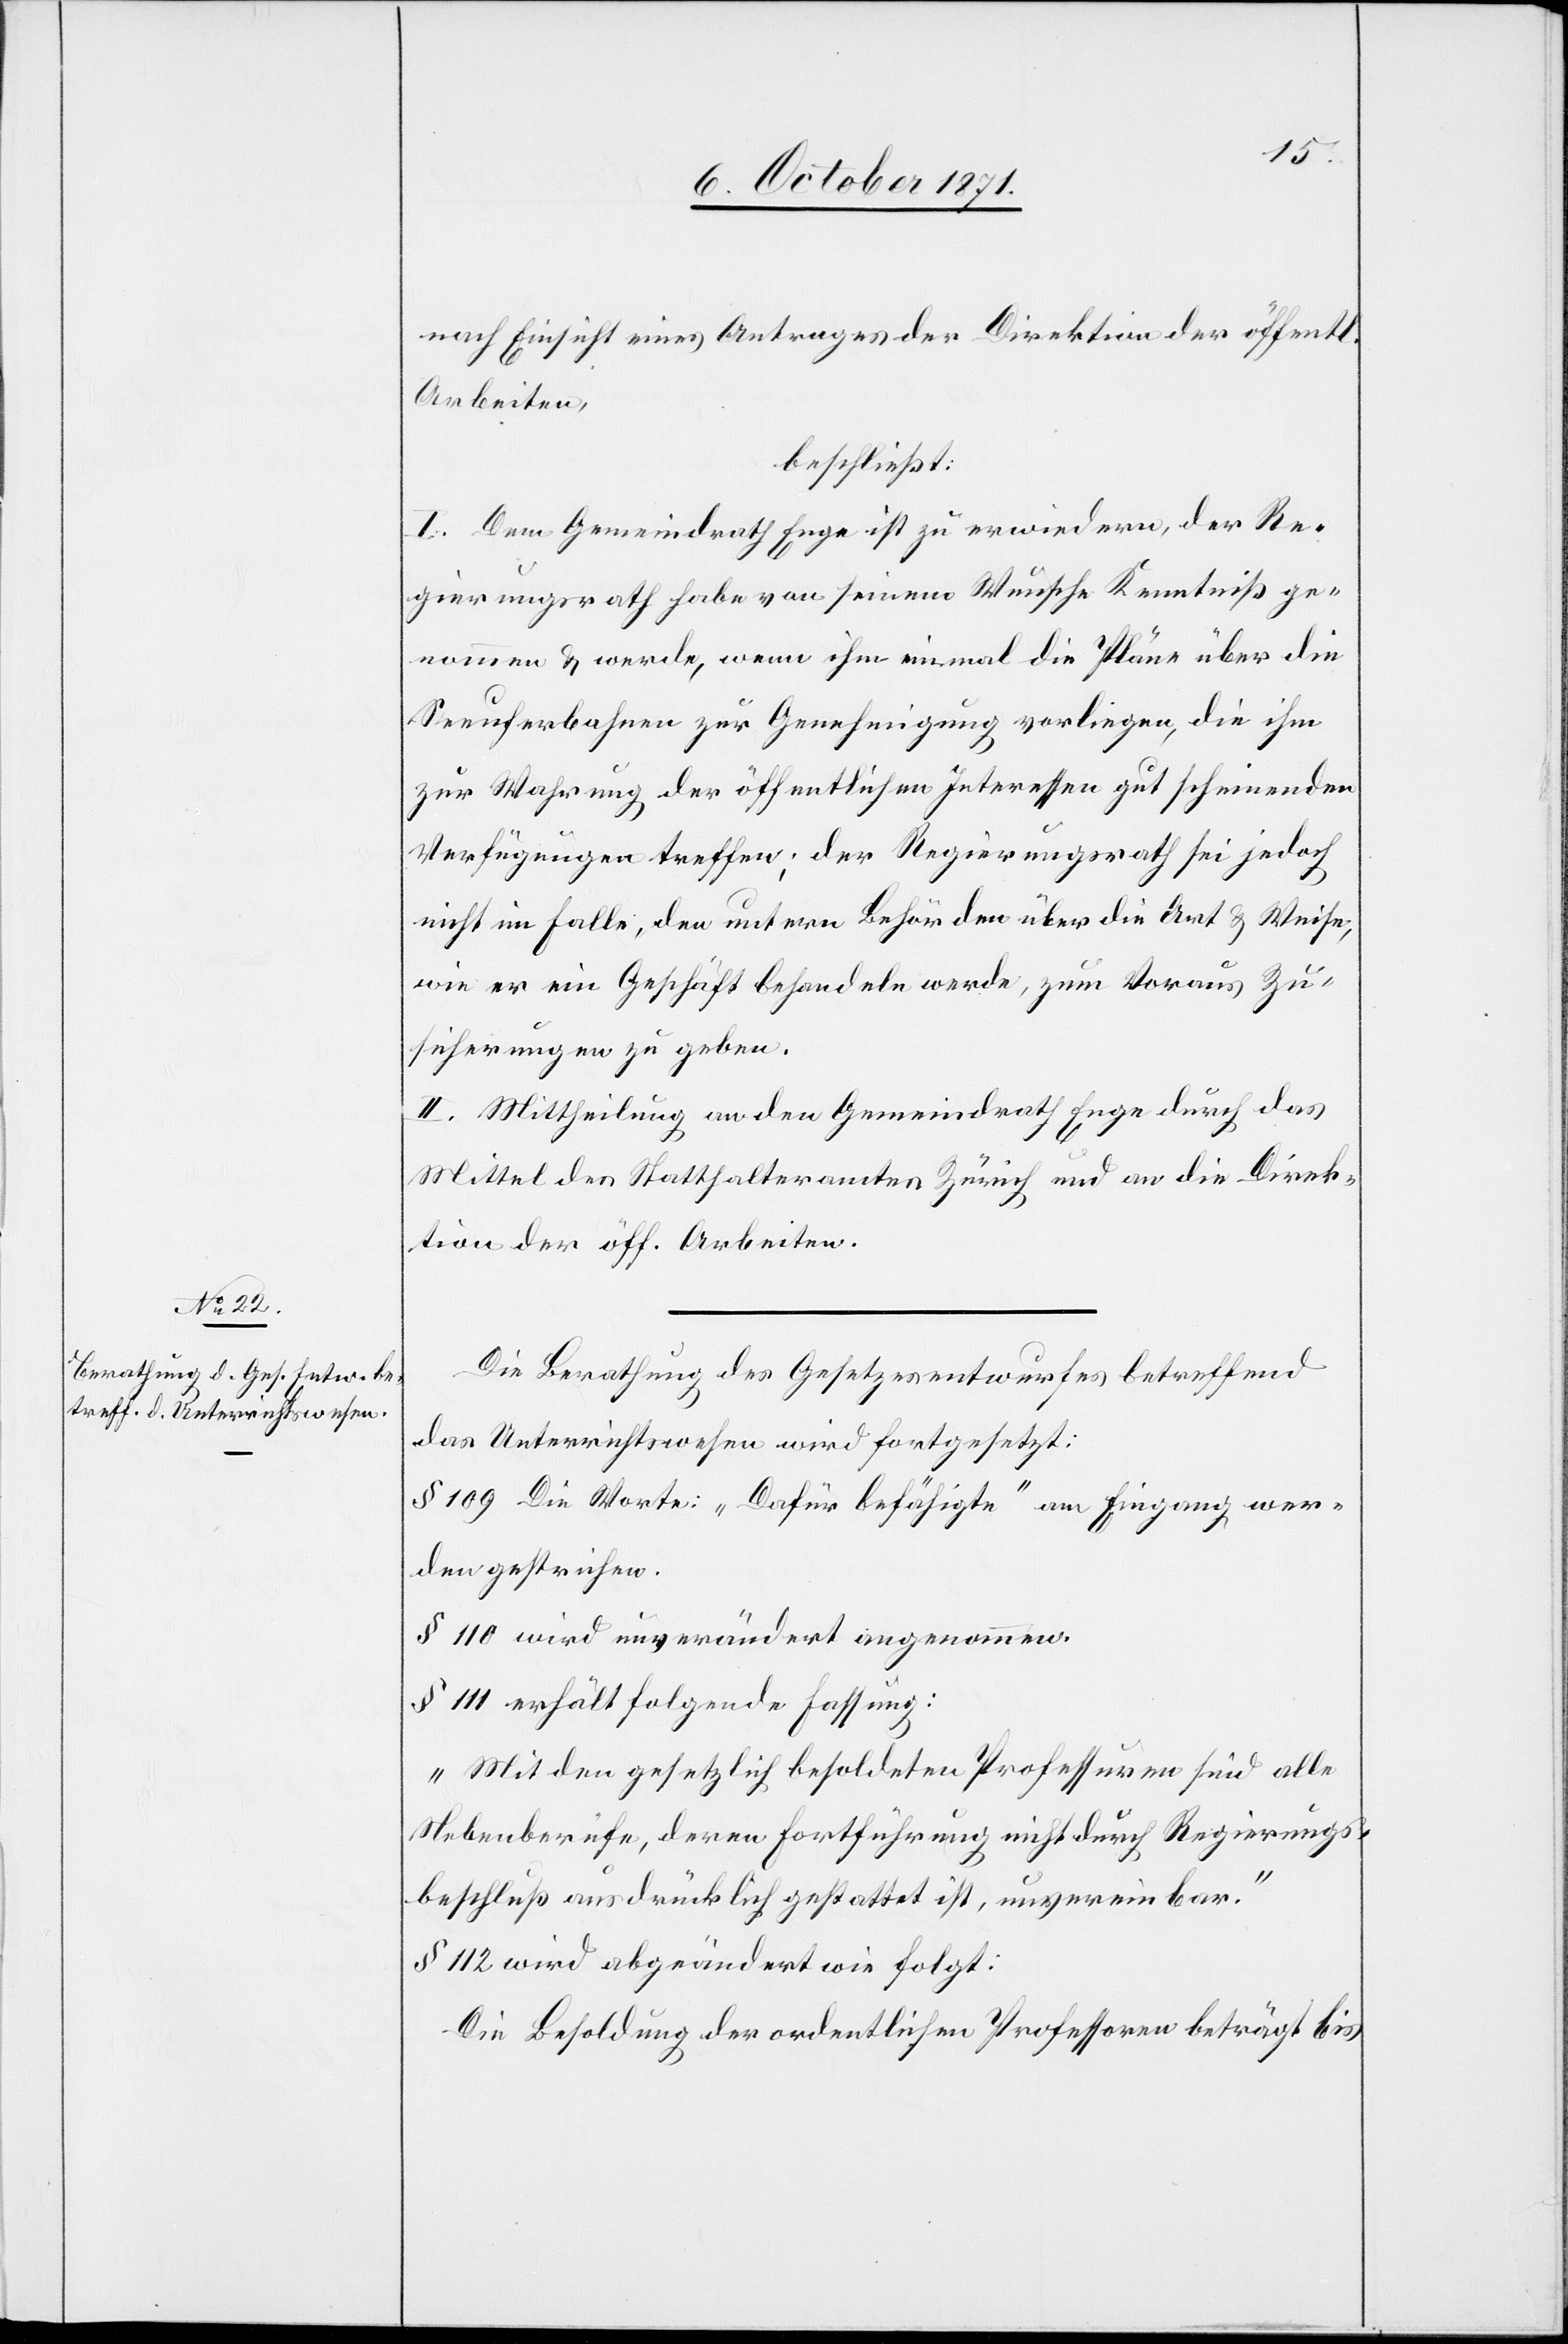
nach Einsicht eines Antrages der Direktion der öffentl.
Arbeiten,
beschließt:
I. Dem Gemeindrath Enge ist zu erwiedern, der Re¬
gierungsrath habe von seinem Wunsche Kenntniß ge¬
nommen & werde, wenn ihm einmal die Pläne über die
Seeuferbahnen zur Genehmigung vorliegen, die ihm
zur Wahrung der öffentlichen Interessen gut scheinenden
Verfügungen treffen; der Regierungsrath sei jedoch
nicht im Falle, den untern Behörden über die Art & Weise,
wie er ein Geschäft behandeln werde, zum Voraus Zu¬
sicherungen zu geben.
II. Mittheilung an den Gemeindrath Enge durch das
Mittel des Statthalteramtes Zürich und an die Direk¬
tion der öff. Arbeiten.
Die Berathung des Gesetzesentwurfes betreffend
das Unterrichtswesen wird fortgesetzt:
§ 109 Die Worte: „Dafür befähigte“ am Eingang wer¬
den gestrichen.
§ 110 wird unverändert angenommen.
§ 111 erhält folgende Fassung:
„Mit den gesetzlich besoldeten Professuren sind alle
Nebenberufe, deren Fortführung nicht durch Regierungs¬
beschluß ausdrücklich gestattet ist, unvereinbar.“
§ 112 wird abgeändert wie folgt:
Die Besoldung der ordentlichen Professoren beträgt bis